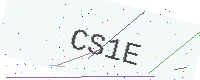
Text: CS1E